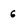
Character: 6